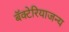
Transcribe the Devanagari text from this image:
बॅक्टेरियाजन्य